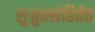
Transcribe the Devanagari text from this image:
सुश्रुतसंहितेत